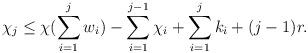
LaTeX: \begin{align*}\chi_j \leq \chi (\sum\limits_{i=1}^{j}w_i) -\sum\limits_{i=1}^{j-1}\chi_i+ \sum\limits_{i=1}^{j}k_i + (j-1)r.\end{align*}